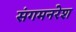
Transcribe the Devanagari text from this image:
संगमनरेश